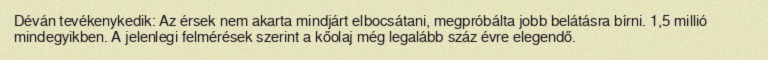
Déván tevékenykedik: Az érsek nem akarta mindjárt elbocsátani, megpróbálta jobb belátásra bírni. 1,5 millió mindegyikben. A jelenlegi felmérések szerint a kőolaj még legalább száz évre elegendő.